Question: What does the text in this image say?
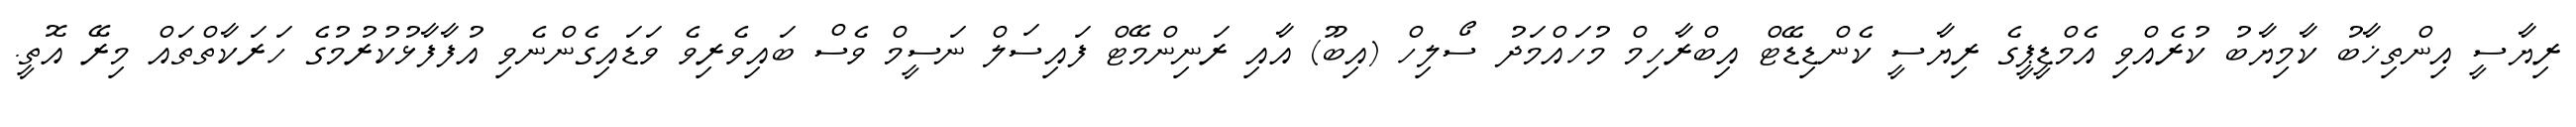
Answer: ރިޔާސީ އިންތިޚާބު ކާމިޔާބު ކުރެއްވި އެމްޑީޕީގެ ރިޔާސީ ކެންޑިޑޭޓް އިބްރާހިމް މުހައްމަދު ސޯލިހް (އިބޫ) އާއި ރަނިންމޭޓް ފައިސަލް ނަސީމް ވެސް ބައިވެރިވެ ވަޑައިގެންނެވި އުފާފާޅުކުރުމުގެ ހަރަކާތްތައް މިރޭ އޮތީ.